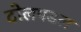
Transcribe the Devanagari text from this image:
टोलपडल